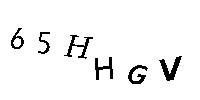
65HHGV